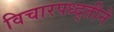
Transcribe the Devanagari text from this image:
विचारपध्द्तीने